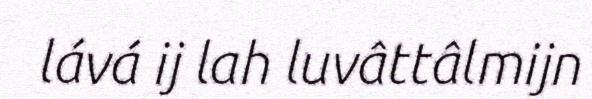
lává ij lah luvâttâlmijn